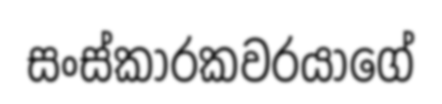
සංස්කාරකවරයාගේ